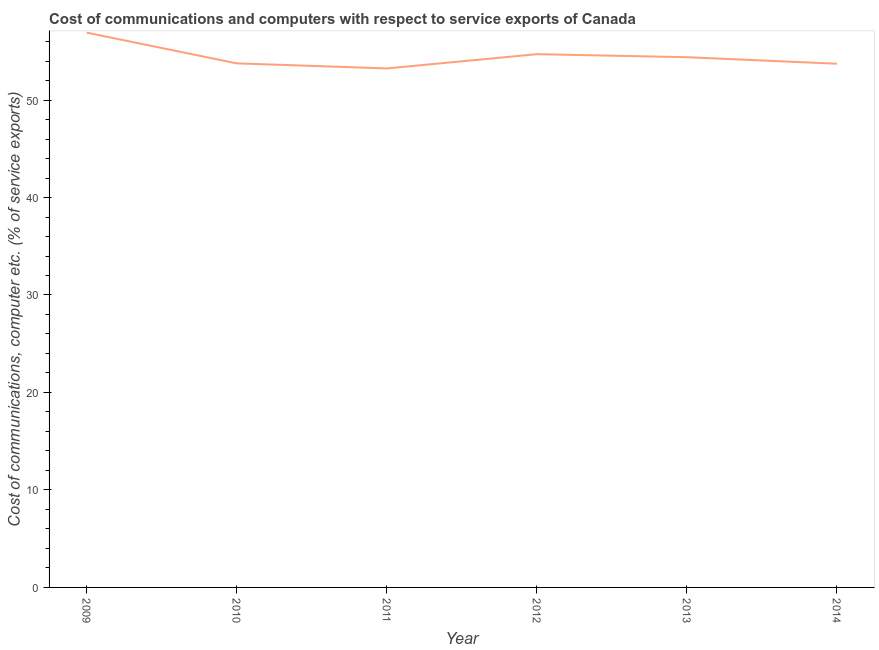
| Year | Communications |
 | --- | --- |
 | 2009 | 56.9 |
 | 2010 | 53.8 |
 | 2011 | 53.2 |
 | 2012 | 54.7 |
 | 2013 | 54.4 |
 | 2014 | 53.7 |